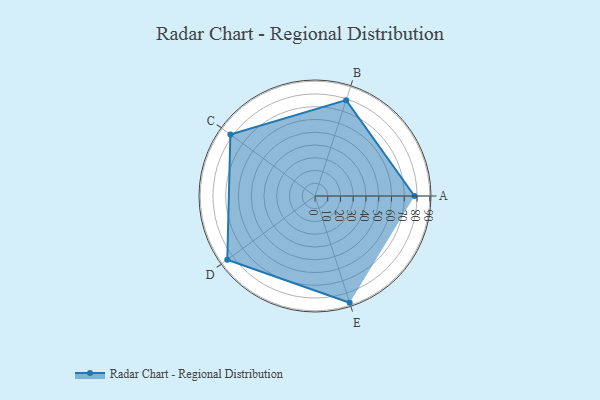
{"axis": {"x": "Skill", "y": "Score"}, "legend": ["Profile"], "data": [{"x": "A", "y": 78.0, "type": "Profile"}, {"x": "B", "y": 79.0, "type": "Profile"}, {"x": "C", "y": 82.0, "type": "Profile"}, {"x": "D", "y": 85.0, "type": "Profile"}, {"x": "E", "y": 88.0, "type": "Profile"}]}